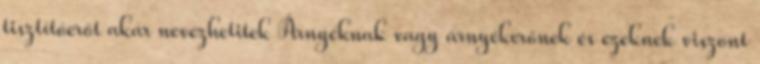
tisztítóerőt akár nevezhetitek Árnyéknak vagy árnyékerőnek és ezeknek viszont